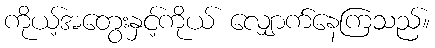
ကိုယ့်အတွေးနှင့်ကိုယ် လျှောက်နေကြသည်။